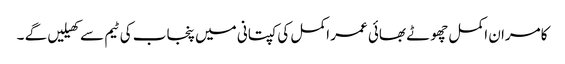
کامران اکمل چھوٹے بھائی عمر اکمل کی کپتانی میں پنجاب کی ٹیم سے کھیلیں گے ۔